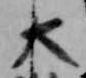
大